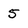
Character: 5